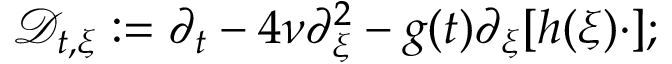
\mathcal { D } _ { t , \xi } : = \partial _ { t } - 4 \nu \partial _ { \xi } ^ { 2 } - g ( t ) \partial _ { \xi } [ h ( \xi ) \cdot ] ;